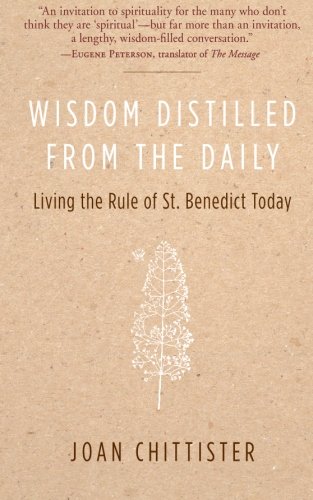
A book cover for Wisdom Distilled from the Daily: Living the Rule of St. Benedict Today; Joan Chittister; Christian Books & Bibles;